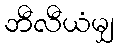
ဘီလီယံမျှ